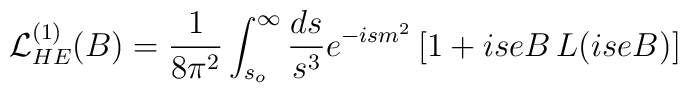
{\cal L}^{(1)}_{HE}(B)={1\over 8\pi^2}\int_{s_o}^\infty {ds\over s^3}e^{-ism^2}\,[1+iseB\,L(iseB)]